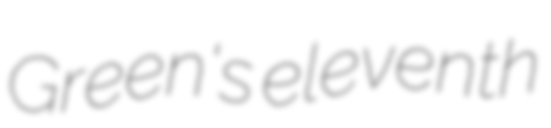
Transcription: Green's eleventh